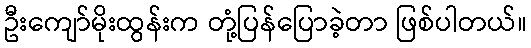
ဦးကျော်မိုးထွန်းက တုံ့ပြန်ပြောခဲ့တာ ဖြစ်ပါတယ်။